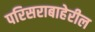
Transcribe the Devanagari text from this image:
परिसराबाहेरील